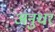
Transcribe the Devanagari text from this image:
अनुधर